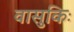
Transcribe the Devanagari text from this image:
वासुकिः